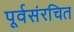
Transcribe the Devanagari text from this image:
पूर्वसंरचित